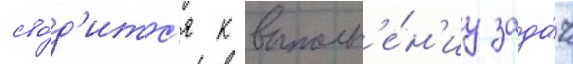
сво́д'итс'я к выполн'е́н'иу зада́ч